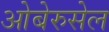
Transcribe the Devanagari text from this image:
ओबेरुसेल